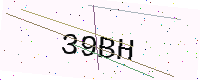
Text: 39BH